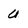
Character: U